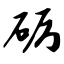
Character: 砺